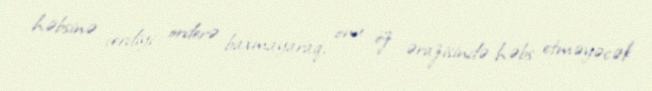
həbsinə verdiyi orderə baxmayaraq, onu öz ərazisində həbs etməyəcək.